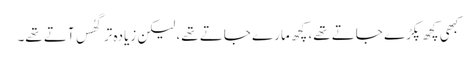
کبھی کچھ پکڑے جاتے تھے، کچھ مارے جاتے تھے، لیکن زیادہ تر گھُس آتے تھے۔